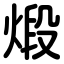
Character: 煅